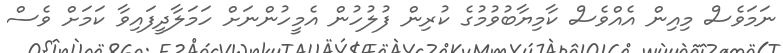
ނަމަވެސް މިއިން އެއްވެސް ކާމިޔާބުވުމުގެ ކުރިން ފުލުހުން އެމީހުންނަށް ހަމަލާދީފައިވާ ކަމަށް ވެސް